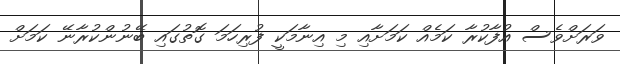
ވަރަށްވެސް އުފާކުރާ ކަމެއް ކަމަށާއި މި އިނާމަކީ ފުރިހަމަ ގޮތުގައި ބޭނުންކުރާނޭ ކަމަށް